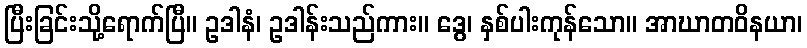
ပြီးခြင်းသို့ရောက်ပြီ။ ဥဒါနံ၊ ဥဒါန်းသည်ကား။ ဒွေ၊ နှစ်ပါးကုန်သော။ အာဃာတဝိနယာ၊